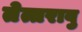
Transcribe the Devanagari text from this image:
तेत्तरावु